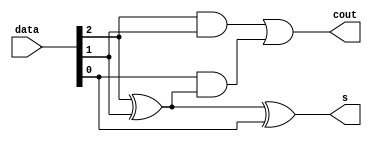
module adder(
    input [2:0] data,
    output cout,
    output s
);

assign s = data[2] ^ data[1] ^ data[0];
assign cout = data[2] & data[1] | (data[0] & (data[2] ^ data[1]));

endmodule